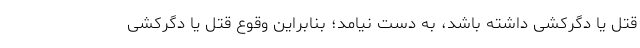
قتل یا دگرکشی داشته باشد، به دست نیامد؛ بنابراین وقوع قتل یا دگرکشی